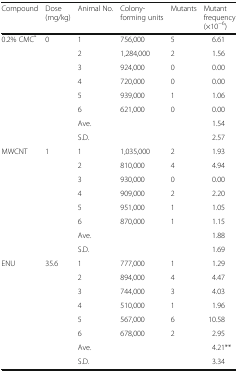
<table><thead><tr><td><b>Compound</b></td><td><b>Dose (mg/kg)</b></td><td><b>Animal No.</b></td><td><b>Colony-forming units</b></td><td><b>Mutants</b></td><td><b>Mutant frequency (×10<sup>−6</sup>)</b></td></tr></thead><tbody><tr><td>0.2% CMC<sup>*</sup></td><td>0</td><td>1</td><td>756,000</td><td>5</td><td>6.61</td></tr><tr><td></td><td></td><td>2</td><td>1,284,000</td><td>2</td><td>1.56</td></tr><tr><td></td><td></td><td>3</td><td>924,000</td><td>0</td><td>0.00</td></tr><tr><td></td><td></td><td>4</td><td>720,000</td><td>0</td><td>0.00</td></tr><tr><td></td><td></td><td>5</td><td>939,000</td><td>1</td><td>1.06</td></tr><tr><td></td><td></td><td>6</td><td>621,000</td><td>0</td><td>0.00</td></tr><tr><td></td><td></td><td>Ave.</td><td></td><td></td><td>1.54</td></tr><tr><td></td><td></td><td>S.D.</td><td></td><td></td><td>2.57</td></tr><tr><td>MWCNT</td><td>1</td><td>1</td><td>1,035,000</td><td>2</td><td>1.93</td></tr><tr><td></td><td></td><td>2</td><td>810,000</td><td>4</td><td>4.94</td></tr><tr><td></td><td></td><td>3</td><td>930,000</td><td>0</td><td>0.00</td></tr><tr><td></td><td></td><td>4</td><td>909,000</td><td>2</td><td>2.20</td></tr><tr><td></td><td></td><td>5</td><td>951,000</td><td>1</td><td>1.05</td></tr><tr><td></td><td></td><td>6</td><td>870,000</td><td>1</td><td>1.15</td></tr><tr><td></td><td></td><td>Ave.</td><td></td><td></td><td>1.88</td></tr><tr><td></td><td></td><td>S.D.</td><td></td><td></td><td>1.69</td></tr><tr><td>ENU</td><td>35.6</td><td>1</td><td>777,000</td><td>1</td><td>1.29</td></tr><tr><td></td><td></td><td>2</td><td>894,000</td><td>4</td><td>4.47</td></tr><tr><td></td><td></td><td>3</td><td>744,000</td><td>3</td><td>4.03</td></tr><tr><td></td><td></td><td>4</td><td>510,000</td><td>1</td><td>1.96</td></tr><tr><td></td><td></td><td>5</td><td>567,000</td><td>6</td><td>10.58</td></tr><tr><td></td><td></td><td>6</td><td>678,000</td><td>2</td><td>2.95</td></tr><tr><td></td><td></td><td>Ave.</td><td></td><td></td><td>4.21**</td></tr><tr><td></td><td></td><td>S.D.</td><td></td><td></td><td>3.34</td></tr></tbody></table>